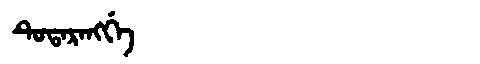
Manchu: ᡨᡠᡨᠠᡵᠠᠩᡤᡝ
Romanization: TUTARANGGE